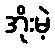
အိုးမဲ့